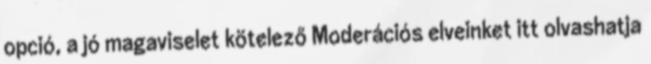
opció, a jó magaviselet kötelező Moderációs elveinket itt olvashatja